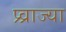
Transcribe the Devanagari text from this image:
प्र्व्राज्या